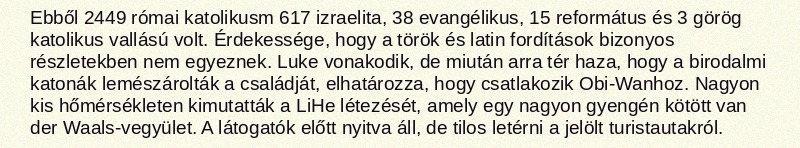
Ebből 2449 római katolikusm 617 izraelita, 38 evangélikus, 15 református és 3 görög katolikus vallású volt. Érdekessége, hogy a török és latin fordítások bizonyos részletekben nem egyeznek. Luke vonakodik, de miután arra tér haza, hogy a birodalmi katonák lemészárolták a családját, elhatározza, hogy csatlakozik Obi-Wanhoz. Nagyon kis hőmérsékleten kimutatták a LiHe létezését, amely egy nagyon gyengén kötött van der Waals-vegyület. A látogatók előtt nyitva áll, de tilos letérni a jelölt turistautakról.